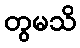
တွမသိ